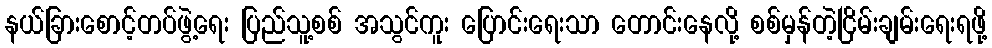
နယ်ခြားစောင့်တပ်ဖွဲ့ရေး ပြည်သူ့စစ် အသွင်ကူး ပြောင်းရေးသာ တောင်းနေလို့ စစ်မှန်တဲ့ငြိမ်းချမ်းရေးရဖို့